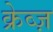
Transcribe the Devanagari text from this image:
क्रेव्ज़